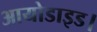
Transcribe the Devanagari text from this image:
आयोडाइड।